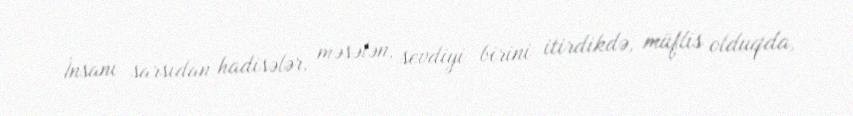
İnsanı sarsıdan hadisələr, məsələn, sevdiyi birini itirdikdə, müflis olduqda,